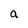
Character: a